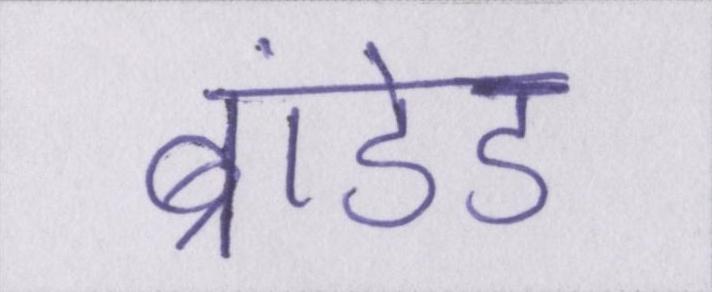
ब्रांडेड